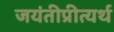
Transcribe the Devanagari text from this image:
जयंतीप्रीत्यर्थ